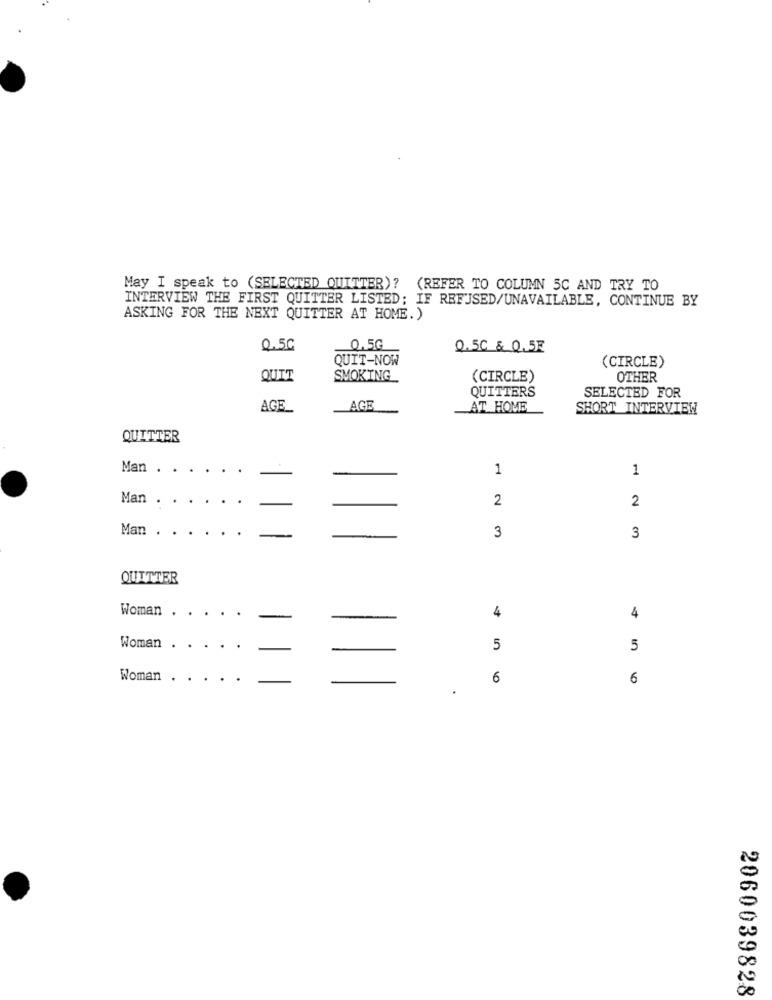
May I speak to (SELECTED QUITTER)? (REFER TO COLUMN 5C AND TRY TO
INTERVIEW THE FIRST QUITTER LISTED; IF REFUSED/UNAVAILABLE, CONTINUE BY
ASKING FOR THE NEXT QUITTER AT HOME.)
0.5G
0.5G
0.5C & 0.5E
QUIT-NOW
(CIRCLE)
QUIT
SMOKING
(CIRCLE)
OTHER
QUITTERS
SELECTED FOR
AGE
AGE
AT HOME
SHORT INTERVIEW
QUITTER
Man
1
1
Man
2
2
Man .
3
3
QUITTER
Woman
4
4
Woman .
5
5
Woman
6
6
2060039828